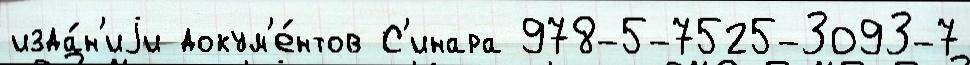
изда́н'иjи докум'е́нтов С'инара 978-5-7525-3093-7